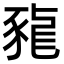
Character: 𧱠